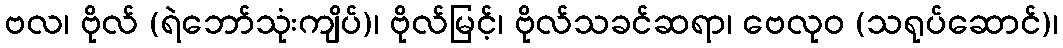
ဗလ၊ ဗိုလ် (ရဲဘော်သုံးကျိပ်)၊ ဗိုလ်မြင့်၊ ဗိုလ်သခင်ဆရာ၊ ဗေလုဝ (သရုပ်ဆောင်)၊